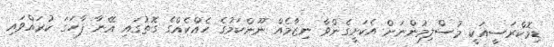
ޑިމޮކްރަސީއަކީ މުސްލިމުންނަށް އެކަށީގެންވާ ނިޒާމެއް ނޫންކަމުގެ ހެއްކެއްގެ ގޮތުގައި އޭނާ ފާހަގަ ކުރައްވައި